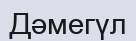
Дәмегүл